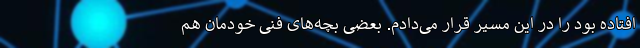
افتاده بود را در این مسیر قرار می‌دادم. بعضی بچه‌های فنی خودمان هم